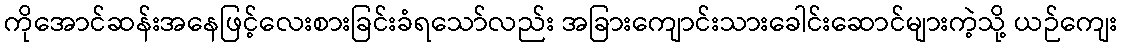
ကိုအောင်ဆန်းအနေဖြင့်လေးစားခြင်းခံရသော်လည်း အခြားကျောင်းသားခေါင်းဆောင်များကဲ့သို့ ယဉ်ကျေး